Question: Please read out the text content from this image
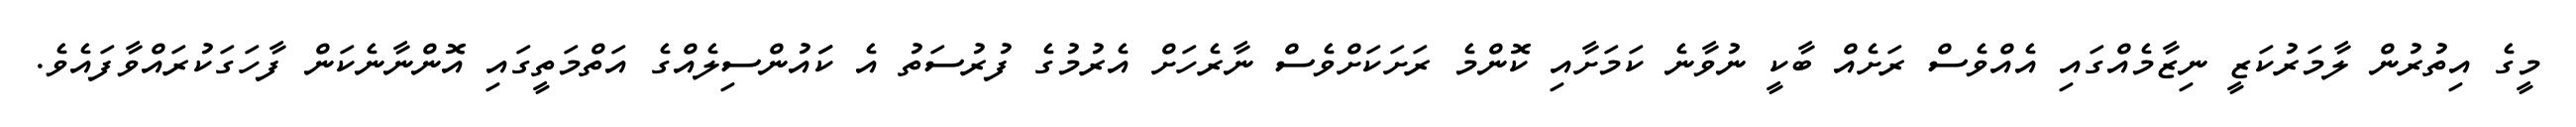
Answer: މީގެ އިތުރުން ލާމަރުކަޒީ ނިޒާމެއްގައި އެއްވެސް ރަށެއް ބާކީ ނުވާނެ ކަމަށާއި ކޮންމެ ރަށަކަށްވެސް ނާރެހަށް އެރުމުގެ ފުރުސަތު އެ ކަައުންސިލެއްގެ އަތްމަތީގައި އޮންނާނެކަން ފާހަގަކުރައްވާފައެވެ.